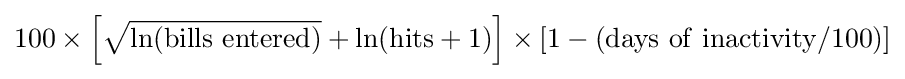
100\times \left[{\sqrt {\ln({\rm {bills\ entered}})}}+\ln({\rm {hits}}+1)\right]\times [1-({\rm {days\ of\ inactivity}}/100)]